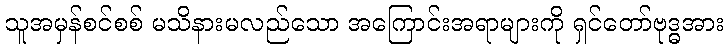
သူအမှန်စင်စစ် မသိနားမလည်သော အကြောင်းအရာများကို ရှင်တော်ဗုဒ္ဓအား